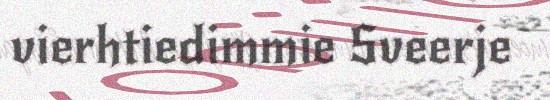
vierhtiedimmie Sveerje